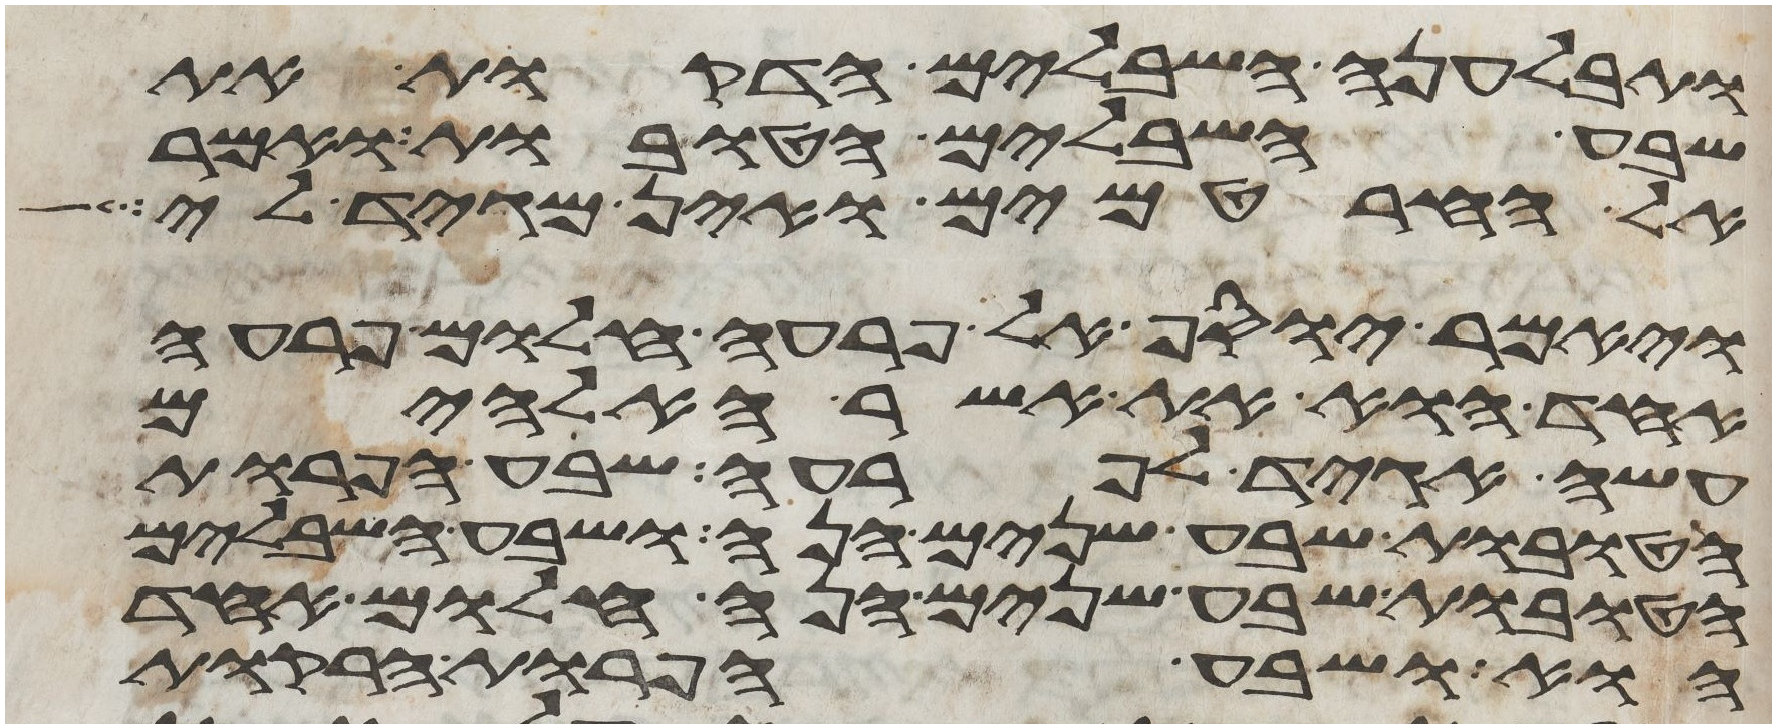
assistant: ותבלענה השבלים הדקות את
שבע השבלים הטובות ואמר
אל החרטמים ואין מגיד לי
ויאמר יוסף אל פרעה חלום פרעה
אחד הוא את אשר האלהים
עשה אגיד לפרעה שבע הפרות
הטובות שבע שנים הנה ושבע השבלים
הטובות שבע שנים הנה חלום אחד
הוא ושבע הפרות הרקות